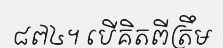
៨៧៤។ បើគិតពីត្រឹម